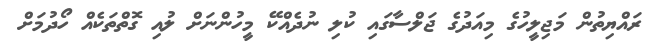
ރައްޔިތުން މަޖިލީހުގެ މިއަދުގެ ޖަލްސާގައި ކުލި ނުދެއްކޭ މީހުންނަށް ލުއި ގޮތްތަކެއް ހޯދުމަށް